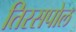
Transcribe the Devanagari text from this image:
तिरसपोल